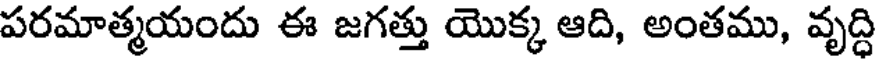
పరమాత్మయందు ఈ జగత్తు యొక్క ఆది, అంతము, వృద్ధి